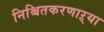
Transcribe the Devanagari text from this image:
निश्चितकरणाऱ्या